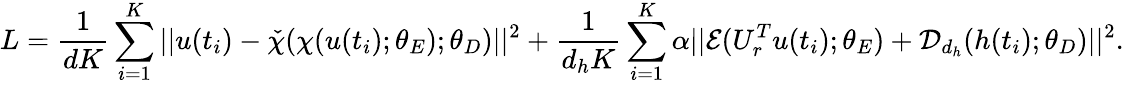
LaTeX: L=\frac{1}{dK}\sum_{i=1}^{K}||u(t_{i})-\check{\chi}(\chi(u(t_{i});\theta_{E});\theta_{D})||^{2}+\frac{1}{d_{h}K}\sum_{i=1}^{K}\alpha||\mathcal{E}(U_{r}^{T}u(t_{i});\theta_{E})+\mathcal{D}_{d_{h}}(h(t_{i});\theta_{D})||^{2}.